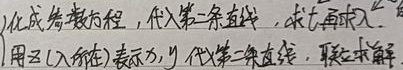
化成参数方程，代入第二条直线，求\(t\)，再代入“ ”。用\(t\)（\(t\)所在式子）表示\(x,y\)代入第二条直线，联立求解。